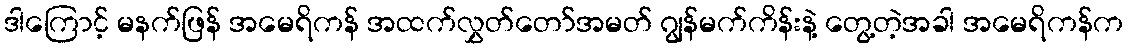
ဒါကြောင့် မနက်ဖြန် အမေရိကန် အထက်လွှတ်တော်အမတ် ဂျွန်မက်ကိန်းနဲ့ တွေ့တဲ့အခါ အမေရိကန်က